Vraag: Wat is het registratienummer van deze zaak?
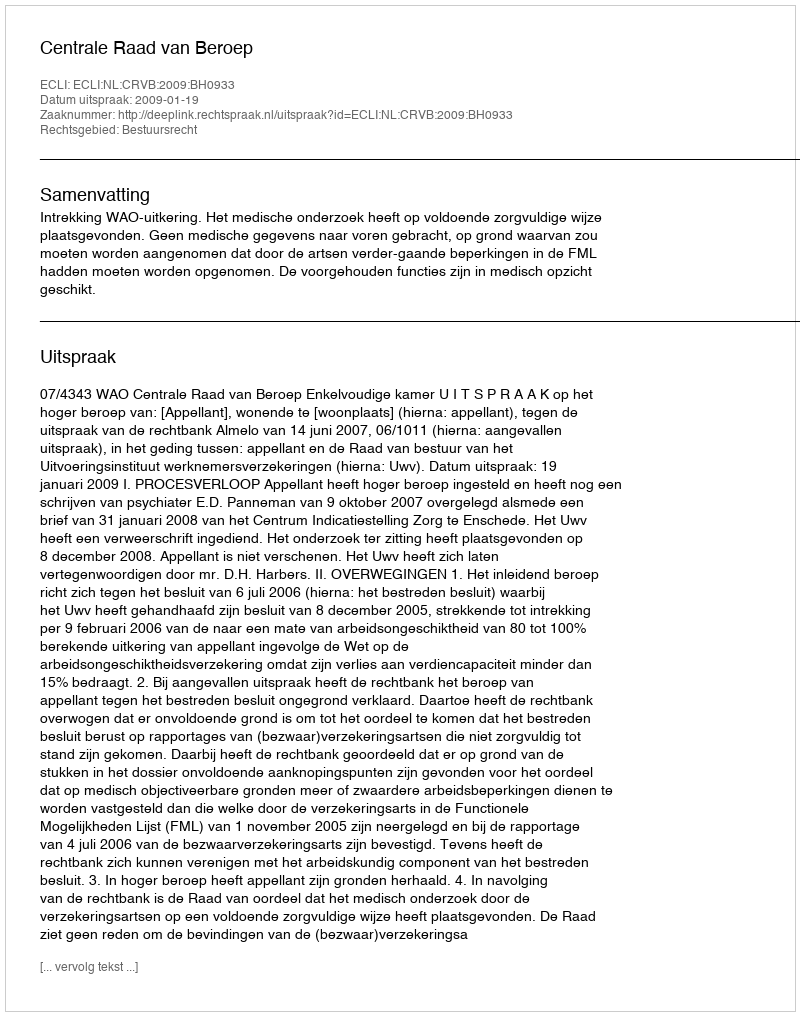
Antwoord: http://deeplink.rechtspraak.nl/uitspraak?id=ECLI:NL:CRVB:2009:BH0933